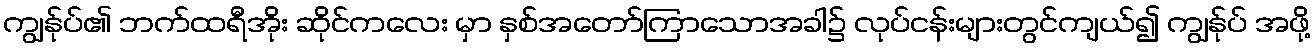
ကျွန်ုပ်၏ ဘက်ထရီအိုး ဆိုင်ကလေး မှာ နှစ်အတော်ကြာသောအခါ၌ လုပ်ငန်းများတွင်ကျယ်၍ ကျွန်ုပ် အဖို့